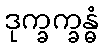
ဒုက္ခက္ခန္ဓံ